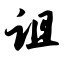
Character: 诅